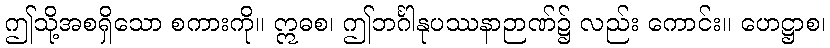
ဤသို့အစရှိသော စကားကို။ ဣဓစ၊ ဤဘင်္ဂါနုပဿနာဉာဏ်၌ လည်း ကောင်း။ ဟေဋ္ဌာစ၊